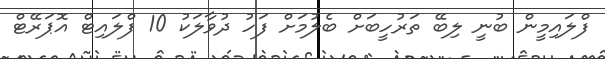
ފްލައިމީން ބުނީ ލިބޭ ތަރުހީބަށް ބެލުމަށް ފަހު ދުވާލަކު 10 ފްލައިޓް އޮޕަރޭޓް